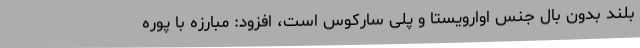
بلند بدون بال جنس اوارویستا و پلی سارکوس است، افزود: مبارزه با پوره